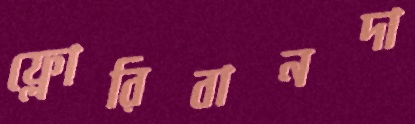
ফ্লোরিবানদা